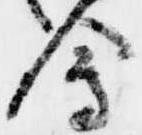
会